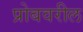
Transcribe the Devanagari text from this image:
प्रोबवरील